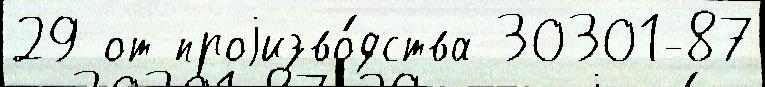
29 от проjизво́дства 30301-87